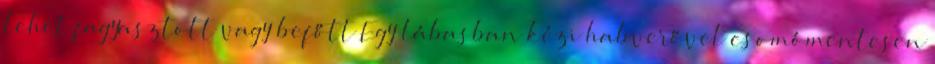
lehet fagyasztott vagy befőtt Egy lábasban kézi habverővel csomómentesen